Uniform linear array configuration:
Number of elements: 4
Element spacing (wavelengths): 0.25
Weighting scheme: kaiser
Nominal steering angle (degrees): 0
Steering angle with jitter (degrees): -1.914
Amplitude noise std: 0.05
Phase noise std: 0.05

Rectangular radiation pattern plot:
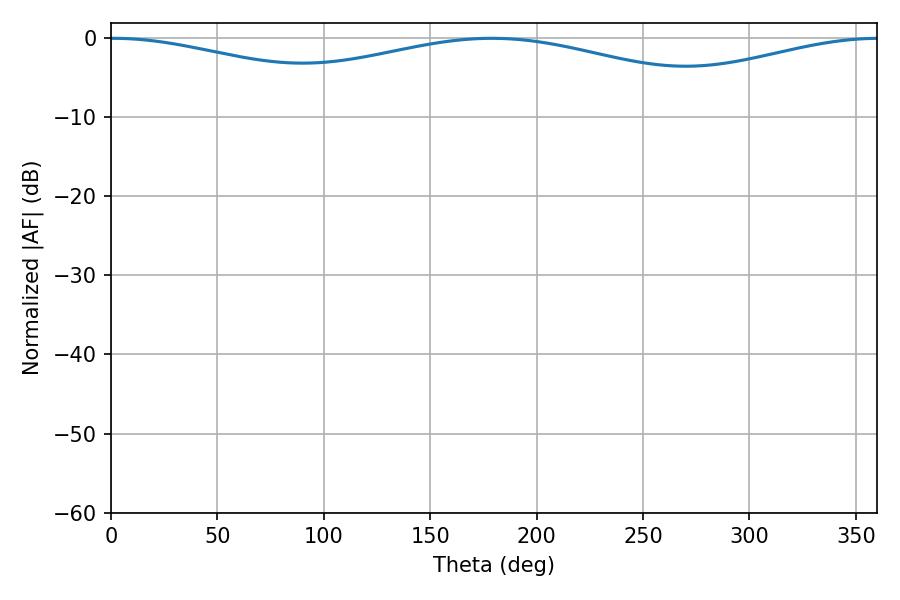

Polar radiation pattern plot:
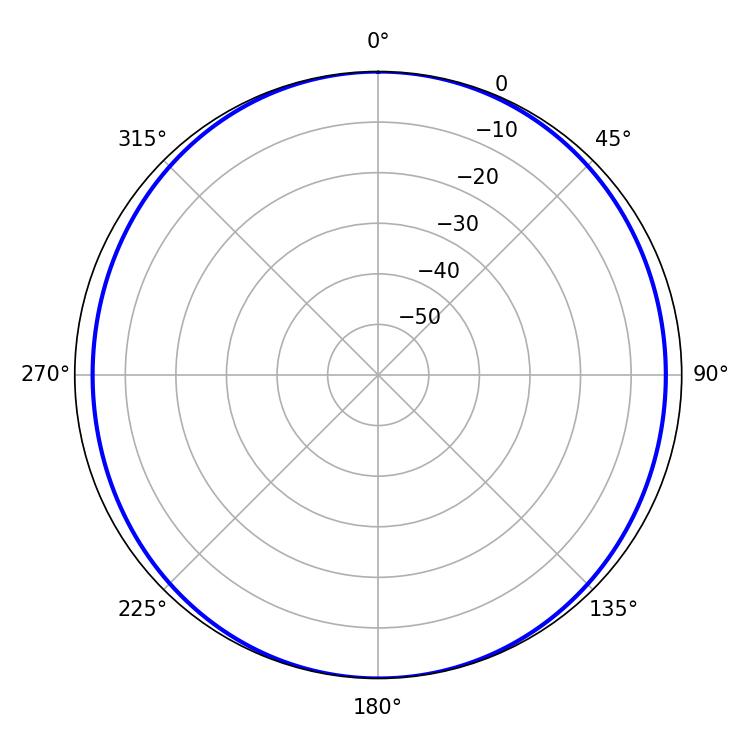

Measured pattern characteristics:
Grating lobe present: FALSE
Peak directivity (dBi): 14.546
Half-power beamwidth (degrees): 78.66
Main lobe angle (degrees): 1.08